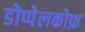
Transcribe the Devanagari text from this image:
डोप्पेलकोफ़